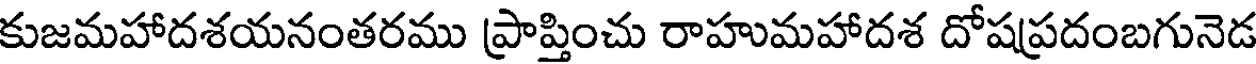
కుజమహాదశయనంతరము ప్రాప్తించు రాహుమహాదశ దోషప్రదంబగునెడ